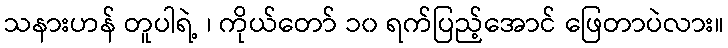
သနားဟန် တူပါရဲ့ ၊ ကိုယ်တော် ၁၀ ရက်ပြည့်အောင် ဖြေတာပဲလား။